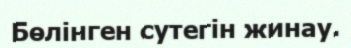
Бөлінген сутегін жинау.